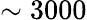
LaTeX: \sim 3000